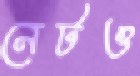
নেটও